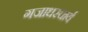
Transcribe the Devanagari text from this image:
गजाधरचार्य